Medical and sanitary report of the native army of Bengal for the year
Year: 1874
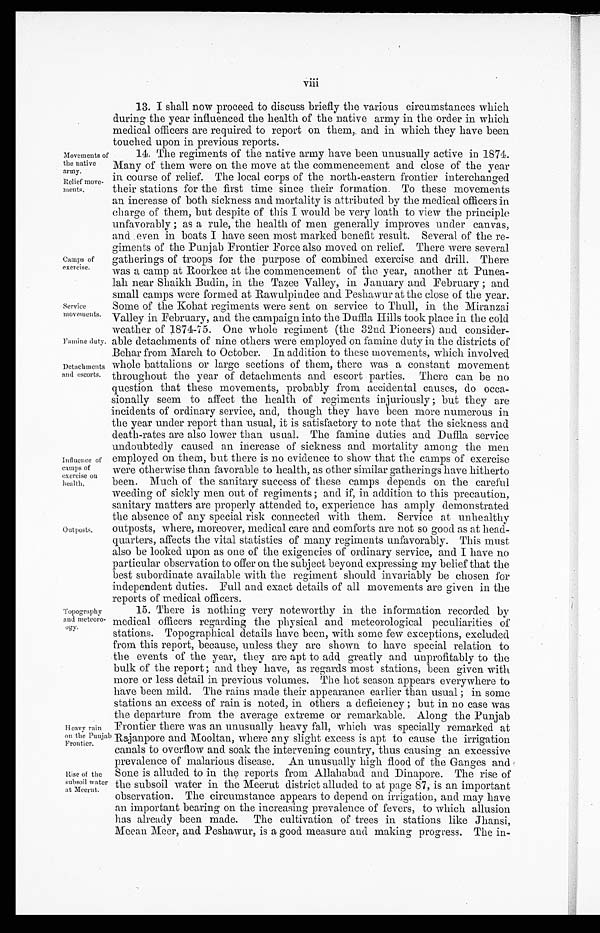
Movements of
the native
army.
Relief move-
ments.
Camps of
exercise.
Service
movements.
Famine duty.
Detachments
and escorts.
Influence of
camps of
exercise on
health.
Outposts.
viii
13. I shall now proceed to discuss briefly the various circumstances which
during the year influenced the health of the native army in the order in which
medical officers are required to report on them, and in which they have been
touched upon in previous reports.
14. The regiments of the native army have been unusually active in 1874.
Many of them were on the move at the commencement and close of the year
in course of relief. The local corps of the north-eastern frontier interchanged
their stations for the first time since their formation. To these movements
an increase of both sickness and mortality is attributed by the medical officers in
charge of them, but despite of this I would be very loath to view the principle
unfavorably ; as a rule, the health of men generally improves under canvas,
and even in boats I have seen most marked benefit result. Several of the re-
giments of the Punjab Frontier Force also moved on relief. There were several
gatherings of troops for the purpose of combined exercise and drill. There
was a camp at Roorkee at the commencement of the year, another at Punea-
lah near Shaikh Budin, in the Tazee Valley, in January and February ; and
small camps were formed at Rawulpindee and Peshawur at the close of the year.
Some of the Kohat regiments were sent on service to Thull, in the Miranzai
Valley in February, and the campaign into the Duffla Hills took place in the cold
weather of 1874-75. One whole regiment (the 32nd Pioneers) and consider-
able detachments of nine others were employed on famine duty in the districts of
Behar from March to October. In addition to these movements, which involved
whole battalions or large sections of them, there was a constant movement
throughout the year of detachments and escort parties. There can be no
question that these movements, probably from accidental causes, do occa-
sionally seem to affect the health of regiments injuriously ; but they are
incidents of ordinary service, and, though they have been more numerous in
the year under report than usual, it is satisfactory to note that the sickness and
death-rates are also lower than usual. The famine duties and Duffla service
undoubtedly caused an increase of sickness and mortality among the men
employed on them, but there is no evidence to show that the camps of exercise
were otherwise than favorable to health, as other similar gatherings have hitherto
been. Much of the sanitary success of these camps depends on the careful
weeding of sickly men out of regiments ; and if, in addition to this precaution,
sanitary matters are properly attended to, experience has amply demonstrated
the absence of any special risk connected with them. Service at unhealthy
outposts, where, moreover, medical care and comforts are not so good as at head-
quarters, affects the vital statistics of many regiments unfavorably. This must
also be looked upon as one of the exigencies of ordinary service, and I have no
particular observation to offer on the subject beyond expressing my belief that the
best subordinate available with the regiment should invariably be chosen for
independent duties. Full and exact details of all movements are given in the
reports of medical officers.
Topography
and meteoro
- o g y .
Heavy rain
on the Punjab
Frontier.
Rise of the
subsoil water
at Meerut.
15. There is nothing very noteworthy in the information recorded by
medical officers regarding the physical and meteorological peculiarities of
stations. Topographical details have been, with some few exceptions, excluded
from this report, because, unless they are shown to have special relation to
the events of the year, they are apt to add greatly and unprofitably to the
bulk of the report ; and they have, as regards most stations, been given with
more or less detail in previous volumes. The hot season appears everywhere to
have been mild. The rains made their appearance earlier than usual ; in some
stations an excess of rain is noted, in others a deficiency ; but in no case was
the departure from the average extreme or remarkable. Along the Punjab
Frontier there was an unusually heavy fall, which was specially remarked at
Rajanpore and Mooltan, where any slight excess is apt to cause the irrigation
canals to overflow and soak the intervening country, thus causing an excessive
prevalence of malarious disease. An unusually high flood of the Ganges and
Sone is alluded to in the reports from Allahabad and Dinapore. The rise of
the subsoil water in the Meerut district alluded to at page 87, is an important
observation. The circumstance appears to depend on irrigation, and may have
an important bearing on the increasing prevalence of fevers, to which allusion
has already been made. The cultivation of trees in stations like Jhansi,
Meean Meer, and Peshawur, is a good measure and making progress. The in-